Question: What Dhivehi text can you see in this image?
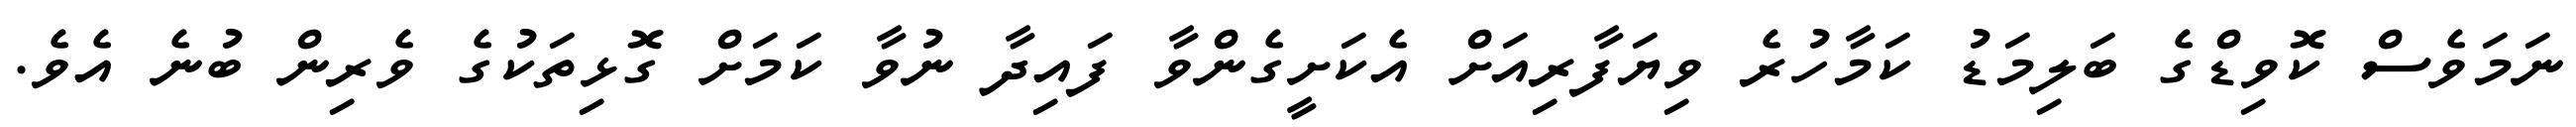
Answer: ނަމަވެސް ކޮވިޑްގެ ބަލިމަޑު ކަމާހުރެ ވިޔަފާރިއަށް އެކަށީގެންވާ ފައިދާ ނުވާ ކަމަށް ގޮޅިތަކުގެ ވެރިން ބުނެ އެވެ.